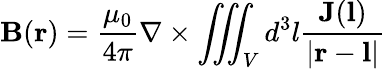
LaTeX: \mathbf{B}(\mathbf{r})={\frac{\mu_{0}}{4\pi}}\nabla\times\iiint_{V}d^{3}l{\frac{\mathbf{J}(\mathbf{l})}{|\mathbf{r}-\mathbf{l}|}}